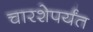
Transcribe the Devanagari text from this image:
चारशेपर्यंत